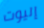
إليوت